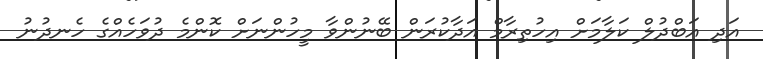
އަދި އަބްދުލް ކަލާމަށް އިހުތިރާމް އަދާކުރަން ބޭނުންވާ މީހުންނަށް ކޮންމެ ދުވަހެއްގެ ހެނދުނު